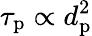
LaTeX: \tau_{\mathrm{p}}\propto d_{\mathrm{p}}^{2}